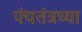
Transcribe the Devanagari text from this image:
पंचतंत्रच्या